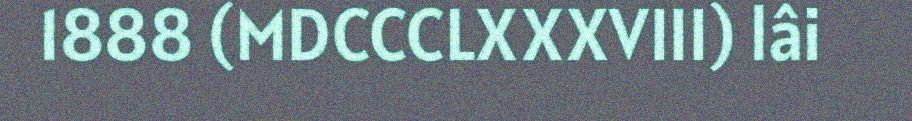
1888 (MDCCCLXXXVIII) lâi